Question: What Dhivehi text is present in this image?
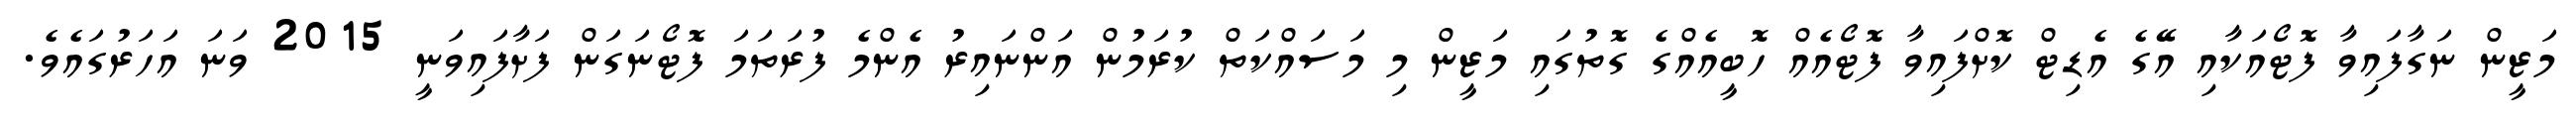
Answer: މަޒީން ނަގާފައިވާ ފޮޓޯއަކާއި އޭގެ އެޑިޓް ކޮށްފައިވާ ފޮޓޯއެއް ހޮބީއެއްގެ ގޮތުގައި މަޒީން މި މަސައްކަތް ކުރަމުން އަންނައިރު އެންމެ ފުރަތަމަ ފޮޓޯނަގަން ފަށާފައިވަނީ 2015 ވަނަ އަހަރުގައެވެ.